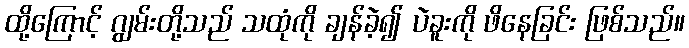
ထို့ကြောင့် ဂျွမ်းတို့သည် သထုံကို ချန်ခဲ့၍ ပဲခူးကို ဖိနေခြင်း ဖြစ်သည်။